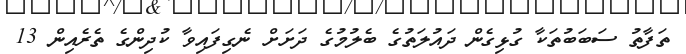
ތަފާތު ސަބަބުތަކާ ގުޅިގެން ދައުލަތުގެ ބެލުމުގެ ދަށަށް ނެގިފައިވާ ކުދިންގެ ތެރެއިން 13